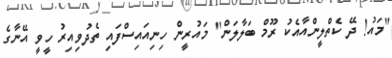
"މައު! ދޭ ކެތްލީންއާއެކު ރޫމް ބަލާލަން" މައުރީން ހިނިއައިސްފައި ތެދުވިއިރު ހީވީ އޭނާގެ